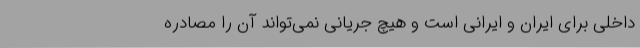
داخلی برای ایران و ایرانی است و هیچ جریانی نمی‌تواند آن را مصادره